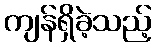
ကျန်ရှိခဲ့သည့်